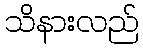
သိနားလည်